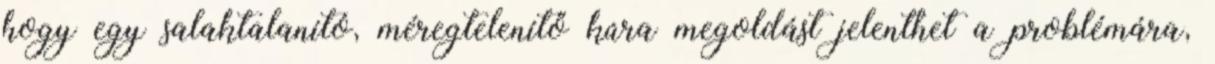
hogy egy salaktalanító, méregtelenítő kúra megoldást jelenthet a problémára,